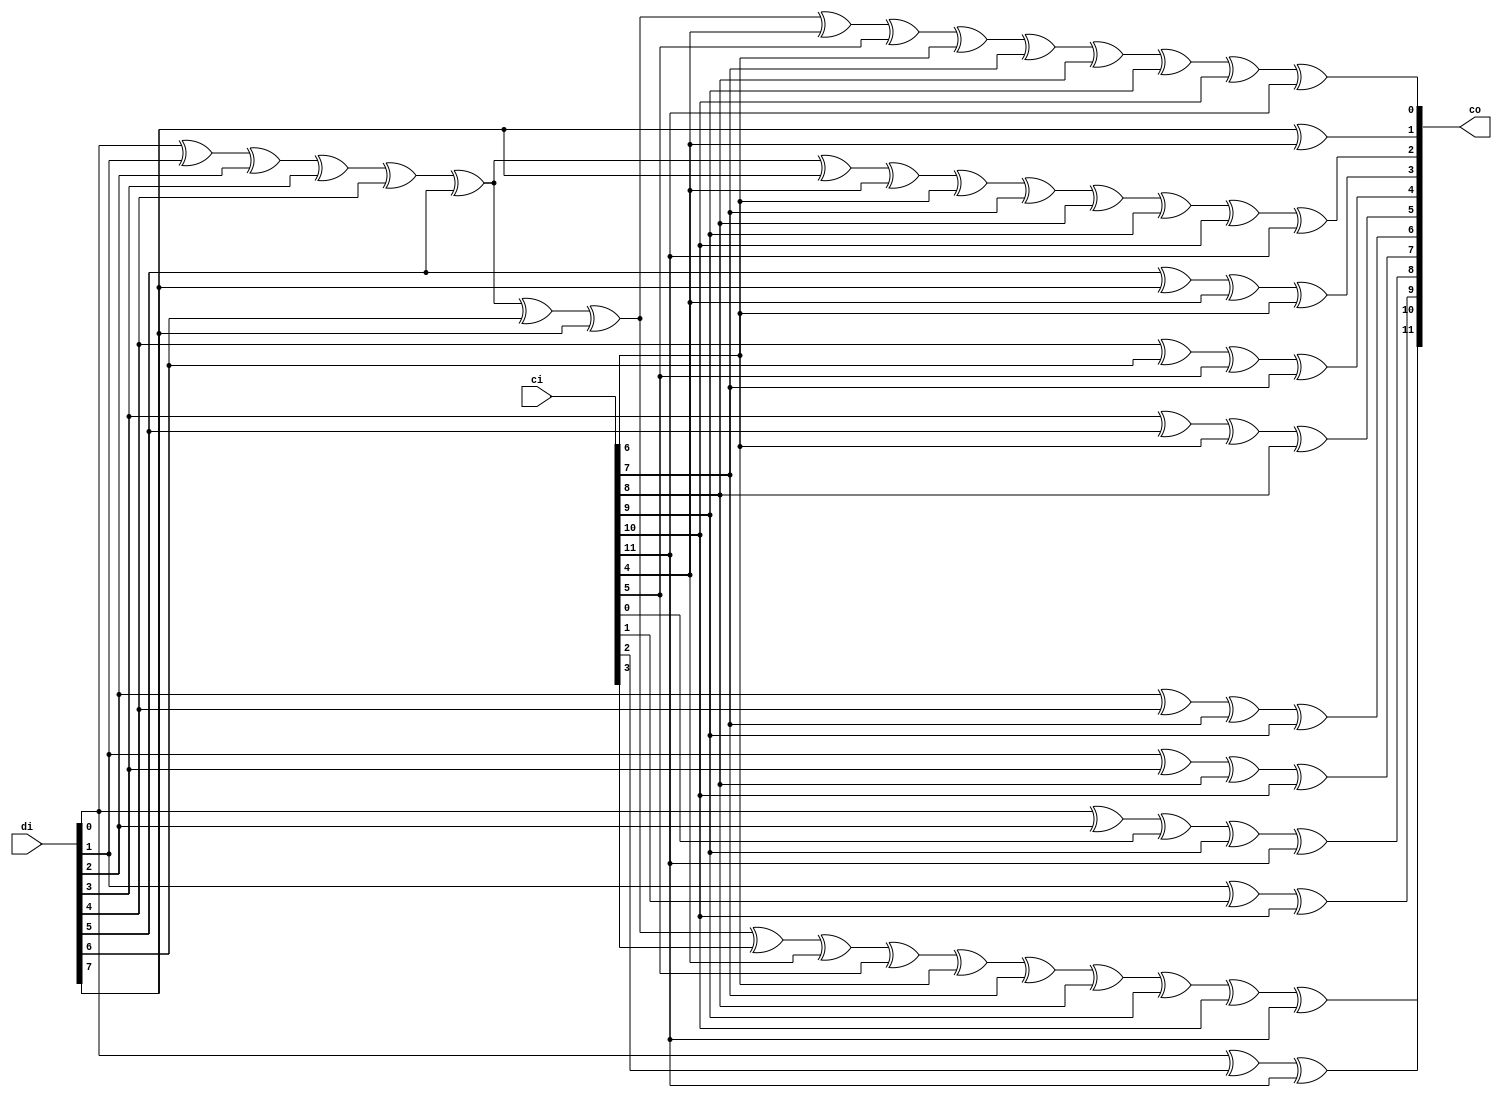
//////////////////////////////////////////////////////////////////////////////
// Module Name          : tdec_crc12_calc                                   //
//                                                                          //
// Type                 : Module                                            //
//                                                                          //
// Module Description   : 8-bit parallel CRC calc for crc-12                //
//                                                                          //
// Timing Constraints   : Module is designed to work with a clock frequency //
//                        of 307.2 MHz                                      //
//                                                                          //
// Revision History     : 20170807    V0.1    File created                  //
//                                                                          //
//////////////////////////////////////////////////////////////////////////////
module tdec_wrap_crc12_calc (
    di,
    ci,
    co,
    );

// port declearation
input       [7:0]           di;
input       [11:0]          ci;
output      [11:0]          co;

assign co[0]    = di[0]^di[1]^di[2]^di[3]^di[4]^di[5]^di[6]^di[7]^ci[4]^ci[5]^ci[6]^ci[7]^ci[8]^ci[9]^ci[10]^ci[11];
assign co[1]    = di[7]^ci[4];
assign co[2]    = di[0]^di[1]^di[2]^di[3]^di[4]^di[5]^di[7]^ci[4]^ci[6]^ci[7]^ci[8]^ci[9]^ci[10]^ci[11];
assign co[3]    = di[5]^di[7]^ci[4]^ci[6];
assign co[4]    = di[4]^di[6]^ci[5]^ci[7];
assign co[5]    = di[3]^di[5]^ci[6]^ci[8];
assign co[6]    = di[2]^di[4]^ci[7]^ci[9];
assign co[7]    = di[1]^di[3]^ci[8]^ci[10];
assign co[8]    = di[0]^di[2]^ci[0]^ci[9]^ci[11];
assign co[9]    = di[1]^ci[1]^ci[10];
assign co[10]   = di[0]^ci[2]^ci[11];
assign co[11]   = di[0]^di[1]^di[2]^di[3]^di[4]^di[5]^di[6]^di[7]^ci[3]^ci[4]^ci[5]^ci[6]^ci[7]^ci[8]^ci[9]^ci[10]^ci[11];

endmodule